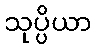
သုပ္ပိယာ